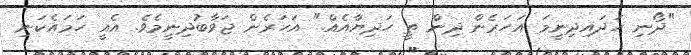
"ދޯނި ހަދައިދިނީމަ އަހަރެން ދިން ތީ ހަދިޔާއެއް." އަހަރެން ޖަވާބުދިނީމެވެ. އެއީ ހަމައެކަނި